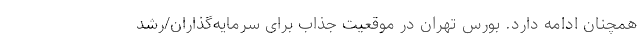
همچنان ادامه دارد. بورس تهران در موقعیت جذاب برای سرمایه‌گذاران/رشد